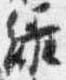
緑